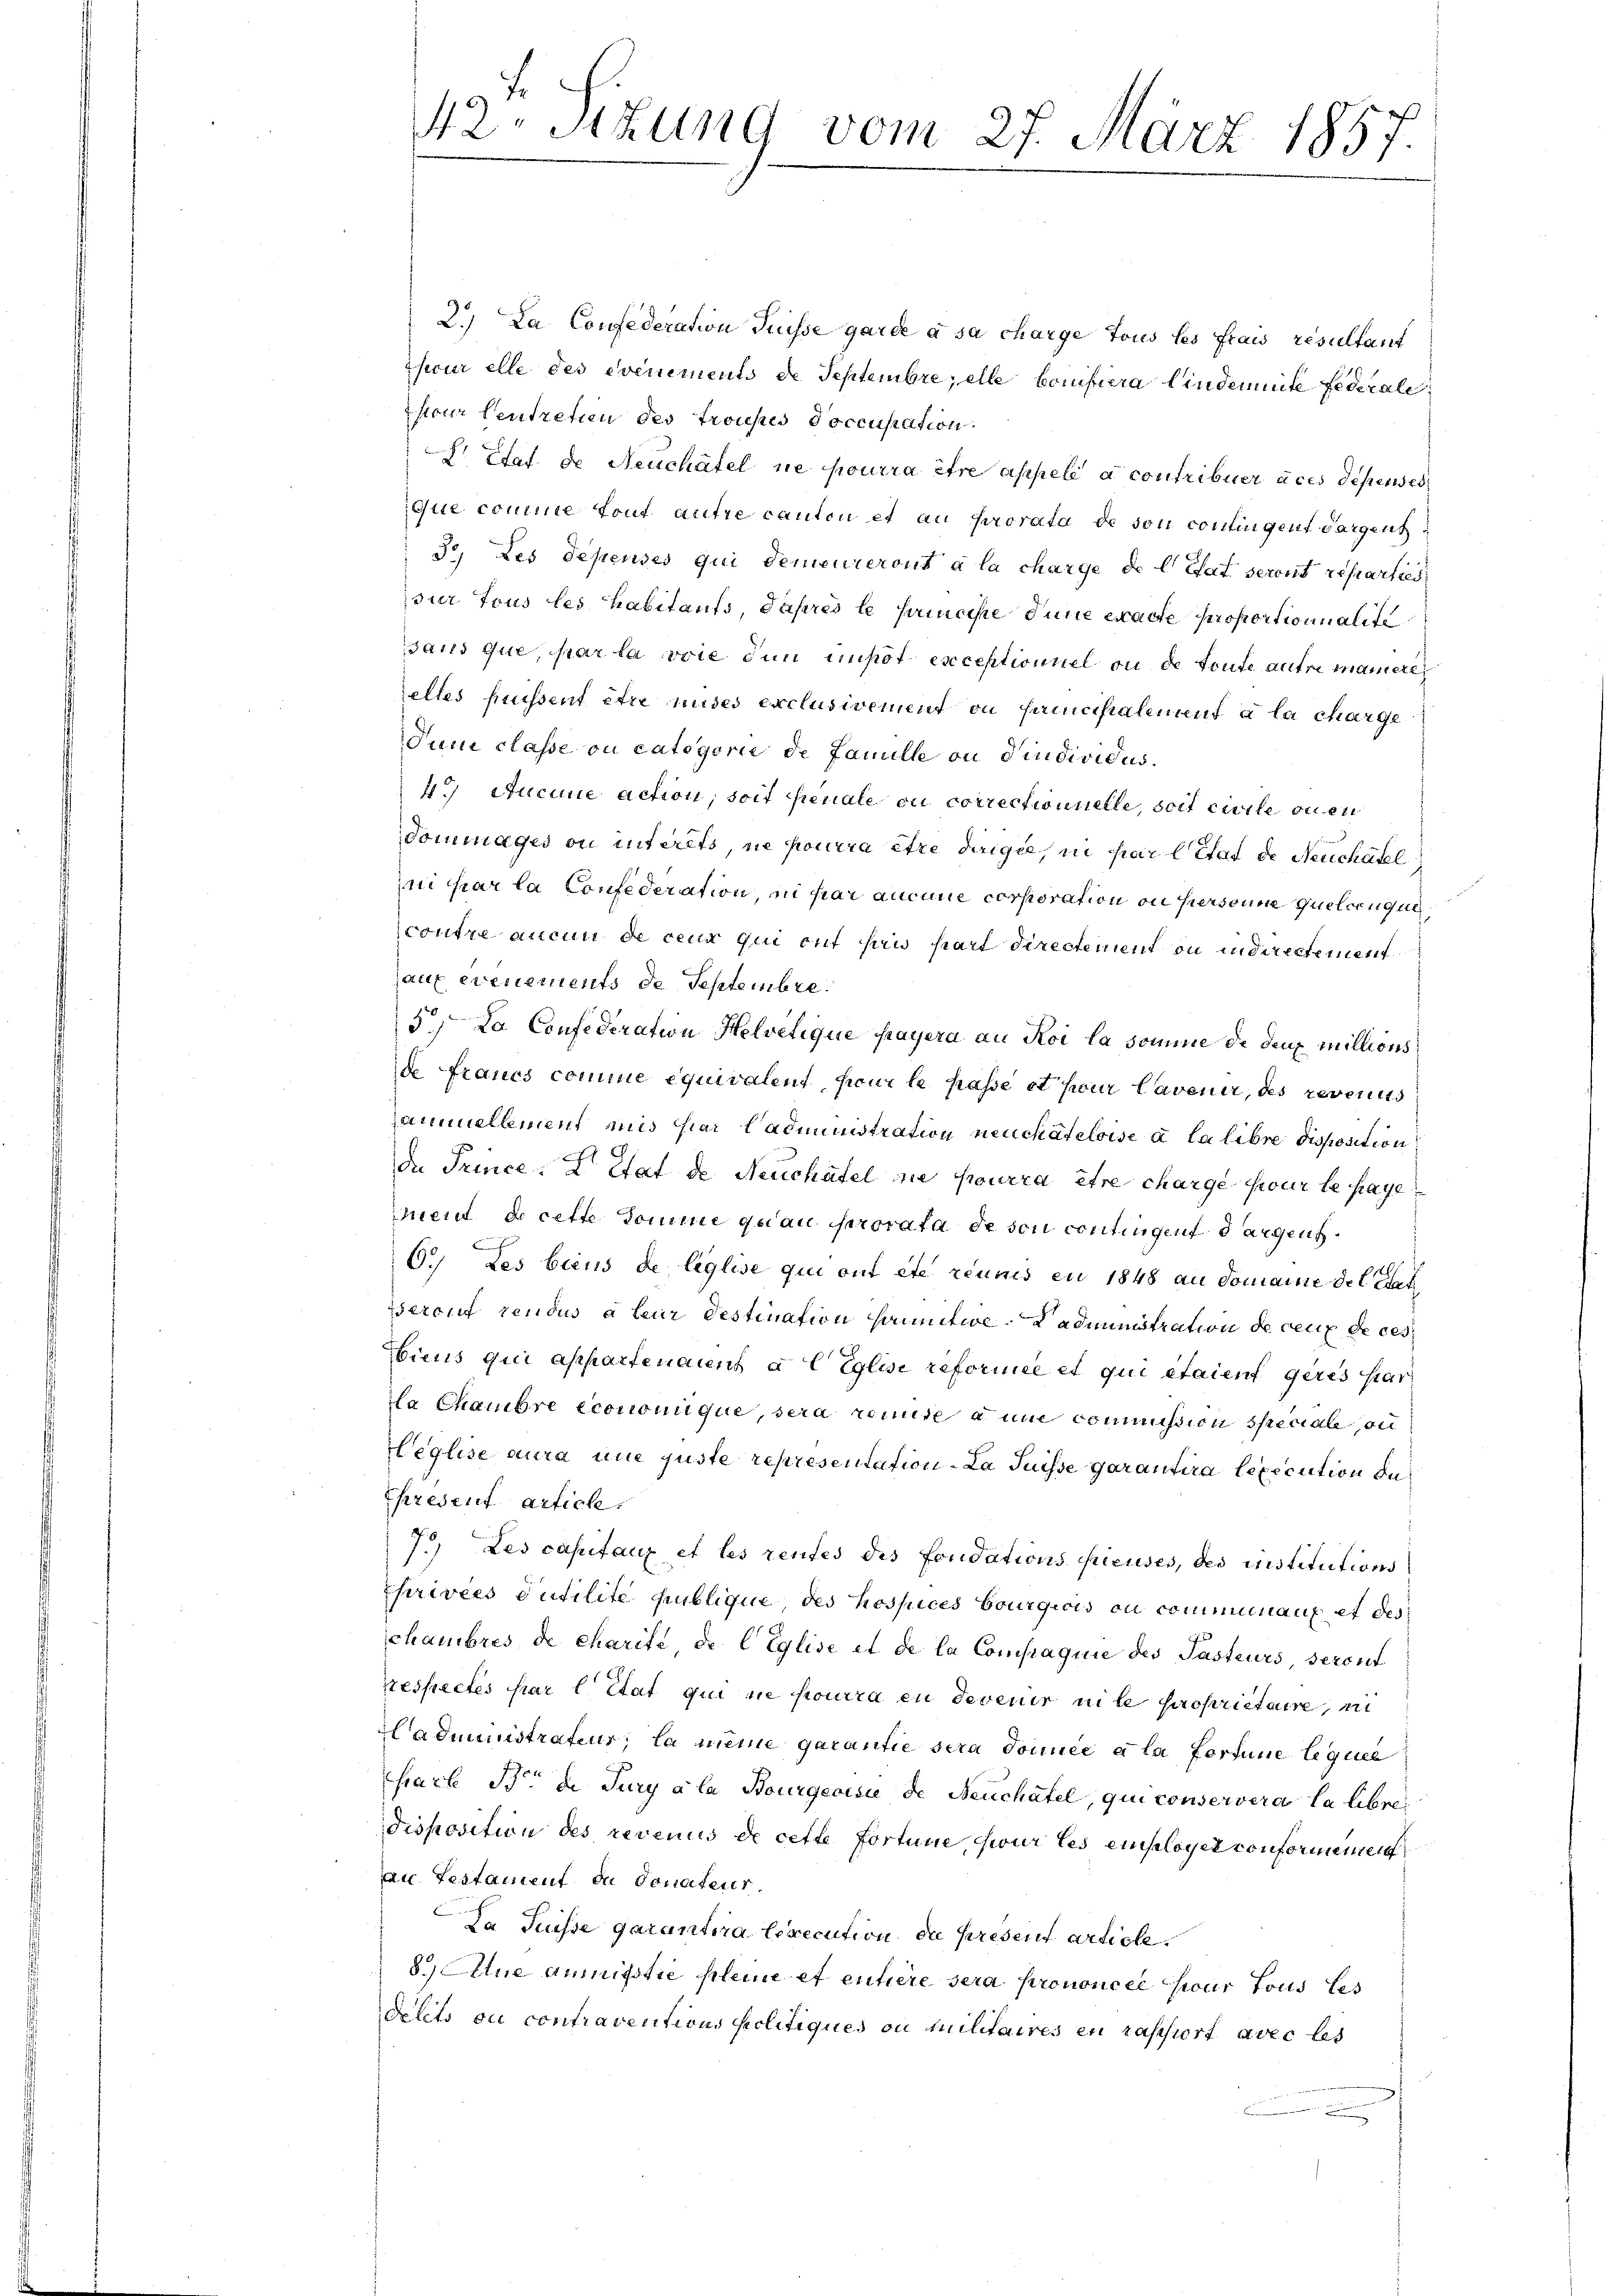
2.) Da Confederation Suisse garde à sa charge tous les frais resultant
Theur elle des evenements de Septembre; elle bonistiera lindemnite Federale
pour Centreten des trousses Poccupation
 Etat de Neuchâtel ne pourra être appelé à contribuer aces dessenses
que comme tout autre canton et au prorata de son contingent dargent
3° Les depensés qui demeureront à la charge de l’Etat seront reparties,
sur tous les habitaufs, Paprès le principe inne exacte proportionnalite
sans que, par la voie dem impot exceptioniel ou de toute autre maneten
elles puissent être nudes exclusivement ou sanicipalement à la charge
Juni classe ou categorie de Famille an dindividus
4.) Aucune action, soit penale ou correctionnelle, soit civile bien
dommages ou interets ne pourra être dirigie, in par l that de Neuchatel
ni par la Confederation ni par aucune corporation ou hiersonne quelconque
contre aucun de ceux qui ont sind hart directement ou indirectement
auf ernements de Septembre¬
5La Confederation Helvetique payera an Roi la somme de deux millions
de Fraues comme équivalent pour le passe et pour lavenir, des revenus
annuellement mir hier Cadministration neuchâteloise à la libre disposition
Da Prince: L Etat de Neuchâtel die pourra être charge sur le paye
ment de cette Domme qu’au prorata de son contingen dargen.
a
6.) des biens de liglise qui ont été réunis en 1848 an domaine der Sat
seront rendus à leur Destination sammtwe. Kadministration de ceux de ces
biens qui appartenaient à C Eglist reformée et qui étaient geres har
La Chambre économique, sera rente a une commission speciale, ou
Heglise aura une juste representation - La Puisse garantira lexecution da¬
Epresent article,
7.) Les capitaux et les rentes des Fondations fieuses, des institutions
Pharivées Putilite hüblique, des hospices bourgicis ou communaux et des
chambres de charité de C Eglise et de la Compagnie des Pasteurs, seront
Respectés par l. Etat qui ne pourra en devenir nite propriétaire, in
Hadministrateur, la meine garantie sera donnée à la fortune legie
hart B die Jury a la Bourgeoisie de Neuchâtel, qui conservera la libre
disposition des revenus de cette fortune, sur les employer conformmmen
an Testament du donateur.
Da Suisse garantira lexecution die present article
8. Atue anmittie pleine et entiere sera prononcée pour tous les
delets ou contraventions Politiques ou Militaires en raschiort avec les

42. Sizung vom 27. März 1857.